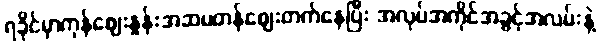
ရခိုင်မှာကုန်ဈေးနှုန်းအဆမတန်ဈေးတက်နေပြီး အလုပ်အကိုင်အခွင့်အလမ်းနဲ့